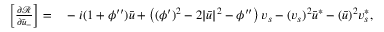
\begin{array} { r l } { \left[ \frac { \partial { \mathcal { R } } } { \partial \bar { u } _ { - } } \right] = } & { { } - i ( 1 + \phi ^ { \prime \prime } ) \bar { u } + \left( ( \phi ^ { \prime } ) ^ { 2 } - 2 | \bar { u } | ^ { 2 } - \phi ^ { \prime \prime } \right) v _ { s } - ( v _ { s } ) ^ { 2 } \bar { u } ^ { * } - ( \bar { u } ) ^ { 2 } v _ { s } ^ { * } , } \end{array}